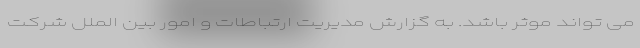
می تواند موثر باشد. به گزارش مدیریت ارتباطات و امور بین الملل شرکت